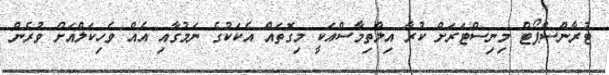
ޓުރާންސްޕޯޓް މިނިސްޓަރަށް ކުރާ އިލްތިމާސްއަކީ މިގޮތައް އެކަކުގެ ނަމުގާއި އެއް ވެހިކަލްއަށް ވުރެން